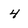
Character: 4